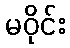
မဝိုင်း